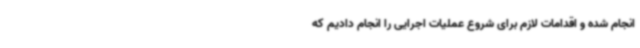
انجام شده و اقدامات لازم برای شروع عملیات اجرایی را انجام دادیم که